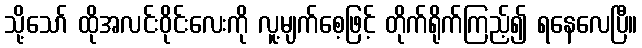
သို့သော် ထိုအလင်းဝိုင်းလေးကို လူ့မျက်စေ့ဖြင့် တိုက်ရိုက်ကြည့်၍ ရနေလေပြီ။